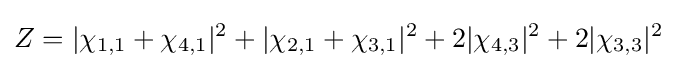
Z=|\chi _{1,1}+\chi _{4,1}|^{2}+|\chi _{2,1}+\chi _{3,1}|^{2}+2|\chi _{4,3}|^{2}+2|\chi _{3,3}|^{2}